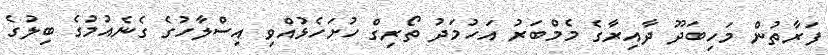
ފަރާތުން މަހިބަދޫ ދާއިރާގެ މެމްބަރު އަހުމަދު ތޯރިގް ހުށަހެޅުއްވި އިސްލާހުގެ ގެނެއުމުގެ ބިލުގެ